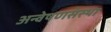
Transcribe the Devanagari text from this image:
अन्वेषणसंस्था